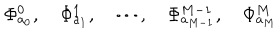
\Phi _ { a _ { 0 } } ^ { 0 } , \quad \Phi _ { a _ { 1 } } ^ { 1 } , \quad \cdots , \quad \Phi _ { a _ { M - 1 } } ^ { M - 1 } , \quad \Phi _ { a _ { M } } ^ { M }